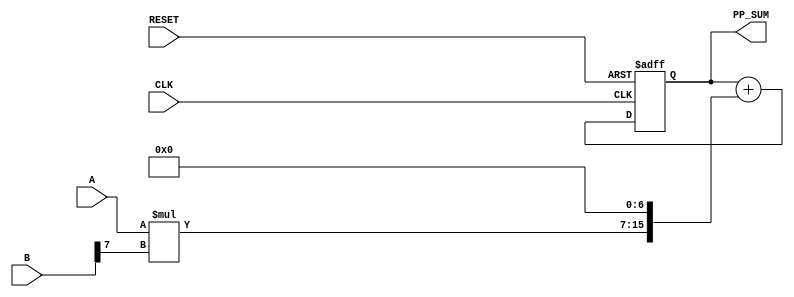
module PartialProductAccumulator #(
    parameter N = 8, // Bit-width of A
    parameter M = 8  // Bit-width of B
)(
    input  wire [N-1:0] A,       // First multiplicand
    input  wire [M-1:0] B,       // Second multiplicand
    input  wire CLK,              // Clock signal
    input  wire RESET,            // Reset signal
    output reg [N+M-1:0] PP_SUM   // Accumulated sum of partial products
);

    // Internal signal to hold partial products
    reg [N+M-1:0] partial_products[M-1:0];

    integer i;

    always @(*) begin
        // Generate partial products
        for (i = 0; i < M; i = i + 1) begin
            partial_products[i] = A * B[i]; // Generate partial product
            partial_products[i] = partial_products[i] << i; // Left shift
        end
    end

    always @(posedge CLK or posedge RESET) begin
        if (RESET) begin
            PP_SUM <= 0; // Reset the accumulator
        end else begin
            PP_SUM <= 0; // Initialize sum
            for (i = 0; i < M; i = i + 1) begin
                PP_SUM <= PP_SUM + partial_products[i]; // Accumulate partial products
            end
        end
    end

endmodule